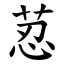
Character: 荵